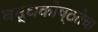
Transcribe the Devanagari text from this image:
बद्धकोष्ठतेचा